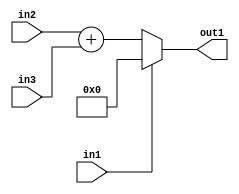
`timescale 1ps / 1ps
/*****************************************************************************
    Verilog RTL Description
    
    
    Created by: Stratus DpOpt 21.05.01 
*******************************************************************************/

module dut_entirecomputation_alt13_1 (
	in1,
	in2,
	in3,
	out1
	); /* architecture "behavioural" */ 
input  in1;
input [6:0] in2,
	in3;
output [7:0] out1;
wire [7:0] asc001,
	asc002;

assign asc002 = 
	+(in2)
	+(in3);

reg [7:0] asc001_tmp_0;
assign asc001 = asc001_tmp_0;
always @ (in1 or asc002) begin
	case (in1)
		1'B1 : asc001_tmp_0 = 8'B00000000 ;
		default : asc001_tmp_0 = asc002 ;
	endcase
end

assign out1 = asc001;
endmodule

/* CADENCE  v7PxSAo= : u9/ySxbfrwZIxEzHVQQV8Q== ** DO NOT EDIT THIS LINE ******/